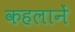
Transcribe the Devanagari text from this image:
कहलानें